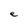
Character: e